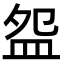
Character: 盌